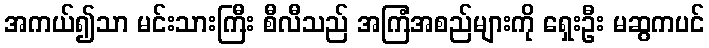
အကယ်၍သာ မင်းသားကြီး စီလီသည် အကြံအစည်များကို ရှေးဦး မဆွကပင်